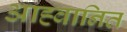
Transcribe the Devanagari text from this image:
आह्वानित